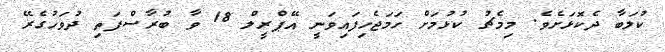
ކުލަބާ ދެކޮޅަށެވެ. މިމެޗު ކުޅުމަށް ހަމަޖެހިފައިވަނީ އޭޕްރީލް 18 ވާ ބުރާސްފަތި ދުވަހުގެރޭ